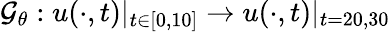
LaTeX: \mathcal{G}_{\theta}:u(\cdot,t)|_{t\in[0,10]}\to u(\cdot,t)|_{t=20,30}